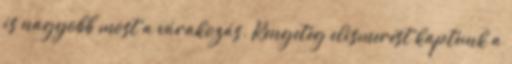
is nagyobb most a várakozás. Rengeteg elismerést kaptunk a